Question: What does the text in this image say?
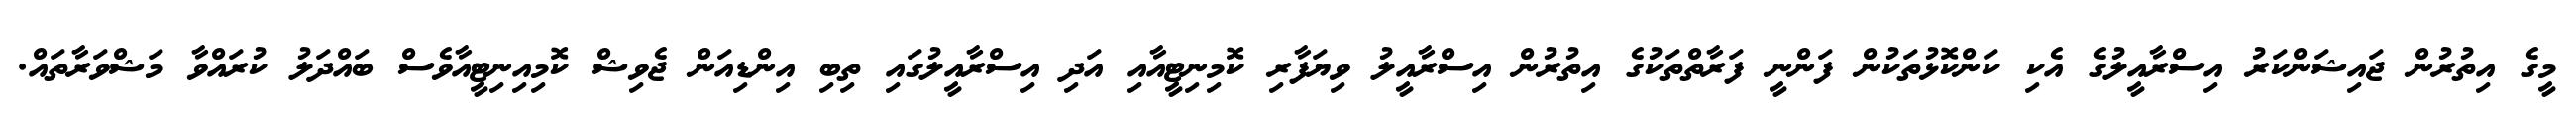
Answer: މީގެ އިތުރުން ޖައިޝަންކަރު އިސްރާއީލުގެ އެކި ކަންކޮޅުތަކުން ފަންނީ ފަރާތްތަކުގެ އިތުރުން އިސްރާއީލު ވިޔަފާރި ކޮމިނިޓީއާއި އަދި އިސްރާއީލުގައި ތިބި އިންޑިއަން ޖެވިޝް ކޮމިއިނިޓީއާވެސް ބައްދަލު ކުރައްވާ މަޝްވަރާތައް.